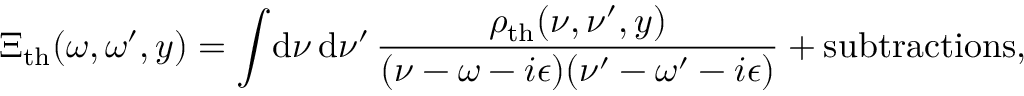
\Xi _ { \mathrm { t h } } ( \omega , \omega ^ { \prime } , y ) = \int \! \mathrm { d } \nu \, \mathrm { d } \nu ^ { \prime } \, { \frac { \rho _ { \mathrm { t h } } ( \nu , \nu ^ { \prime } , y ) } { ( \nu - \omega - i \epsilon ) ( \nu ^ { \prime } - \omega ^ { \prime } - i \epsilon ) } } + \mathrm { s u b t r a c t i o n s } ,